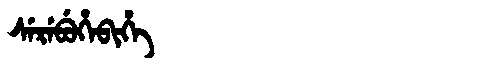
Manchu: ᠰᡝᡵᡝᠪᡠᡥᡝᠪᡳᡥᡝ
Romanization: SEREBUHEBIHE